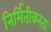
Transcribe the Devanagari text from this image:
निर्मितीकरता